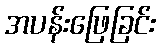
အပန်းဖြေခြင်း